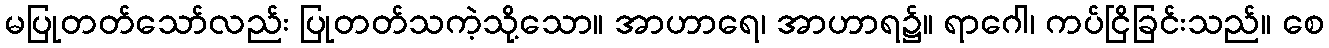
မပြုတတ်သော်လည်း ပြုတတ်သကဲ့သို့သော။ အာဟာရေ၊ အာဟာရ၌။ ရာဂေါ၊ ကပ်ငြိခြင်းသည်။ စေ